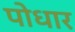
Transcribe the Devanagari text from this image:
पोधार